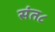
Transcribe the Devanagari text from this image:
संत८